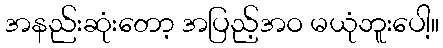
အနည်းဆုံးတော့ အပြည့်အဝ မယုံဘူးပေါ့။